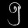
Digit: ၅